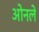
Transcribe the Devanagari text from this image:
ओनले